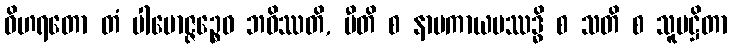
ဝိဟရတော တံ ပါမောဇ္ဇဉ္စေဝ ဘဝိဿတိ, ပီတိ စ နာမကာယပဿဒ္ဓိ စ သတိ စ သူပဋ္ဌိတာ